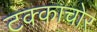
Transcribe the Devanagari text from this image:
टक्काचोर